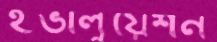
ইভালুয়েশন